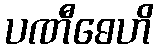
ပဏီဓေဟိ